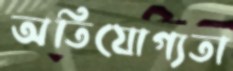
অতিযোগ্যতা